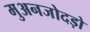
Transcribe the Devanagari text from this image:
मुअनजोदड़ो